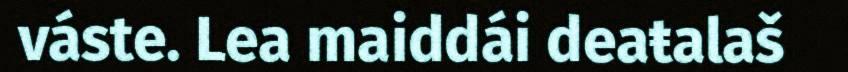
váste. Lea maiddái deaŧalaš